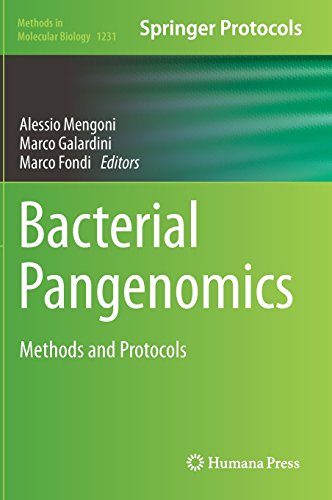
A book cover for Bacterial Pangenomics: Methods and Protocols (Methods in Molecular Biology); Medical Books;